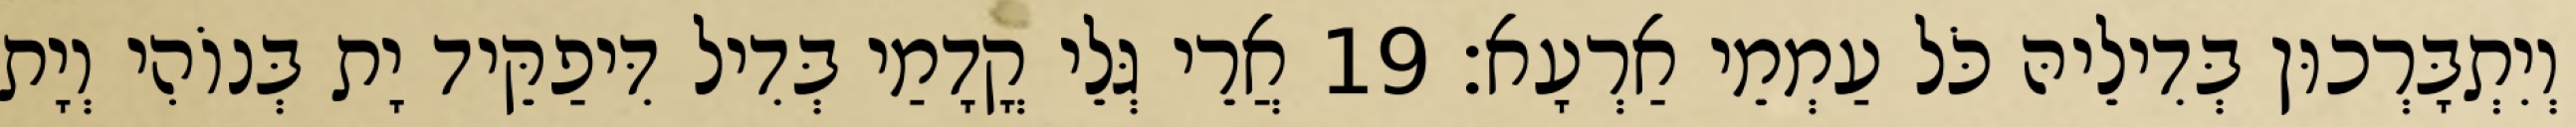
וְיִתְבָּרְכוּן בְּדִילֵיהּ כֹּל עַמְמֵי אַרְעָא׃ 19 אֲרֵי גְּלֵי קֳדָמַי בְּדִיל דִּיפַקֵּיד יָת בְּנוֹהִי וְיָת